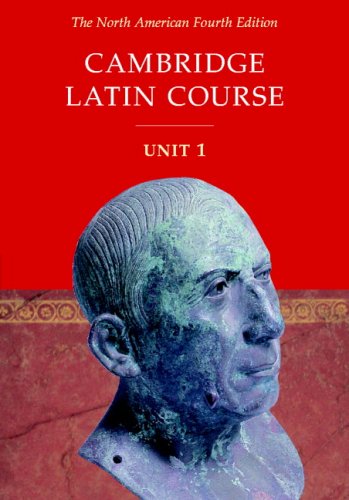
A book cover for Cambridge Latin Course: Unit 1, North American 4th Edition; North American Cambridge Classics Project; Reference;